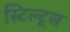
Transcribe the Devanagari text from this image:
स्टिल्ट्स